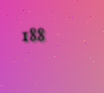
188